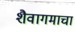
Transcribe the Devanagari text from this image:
शैवागमाचा